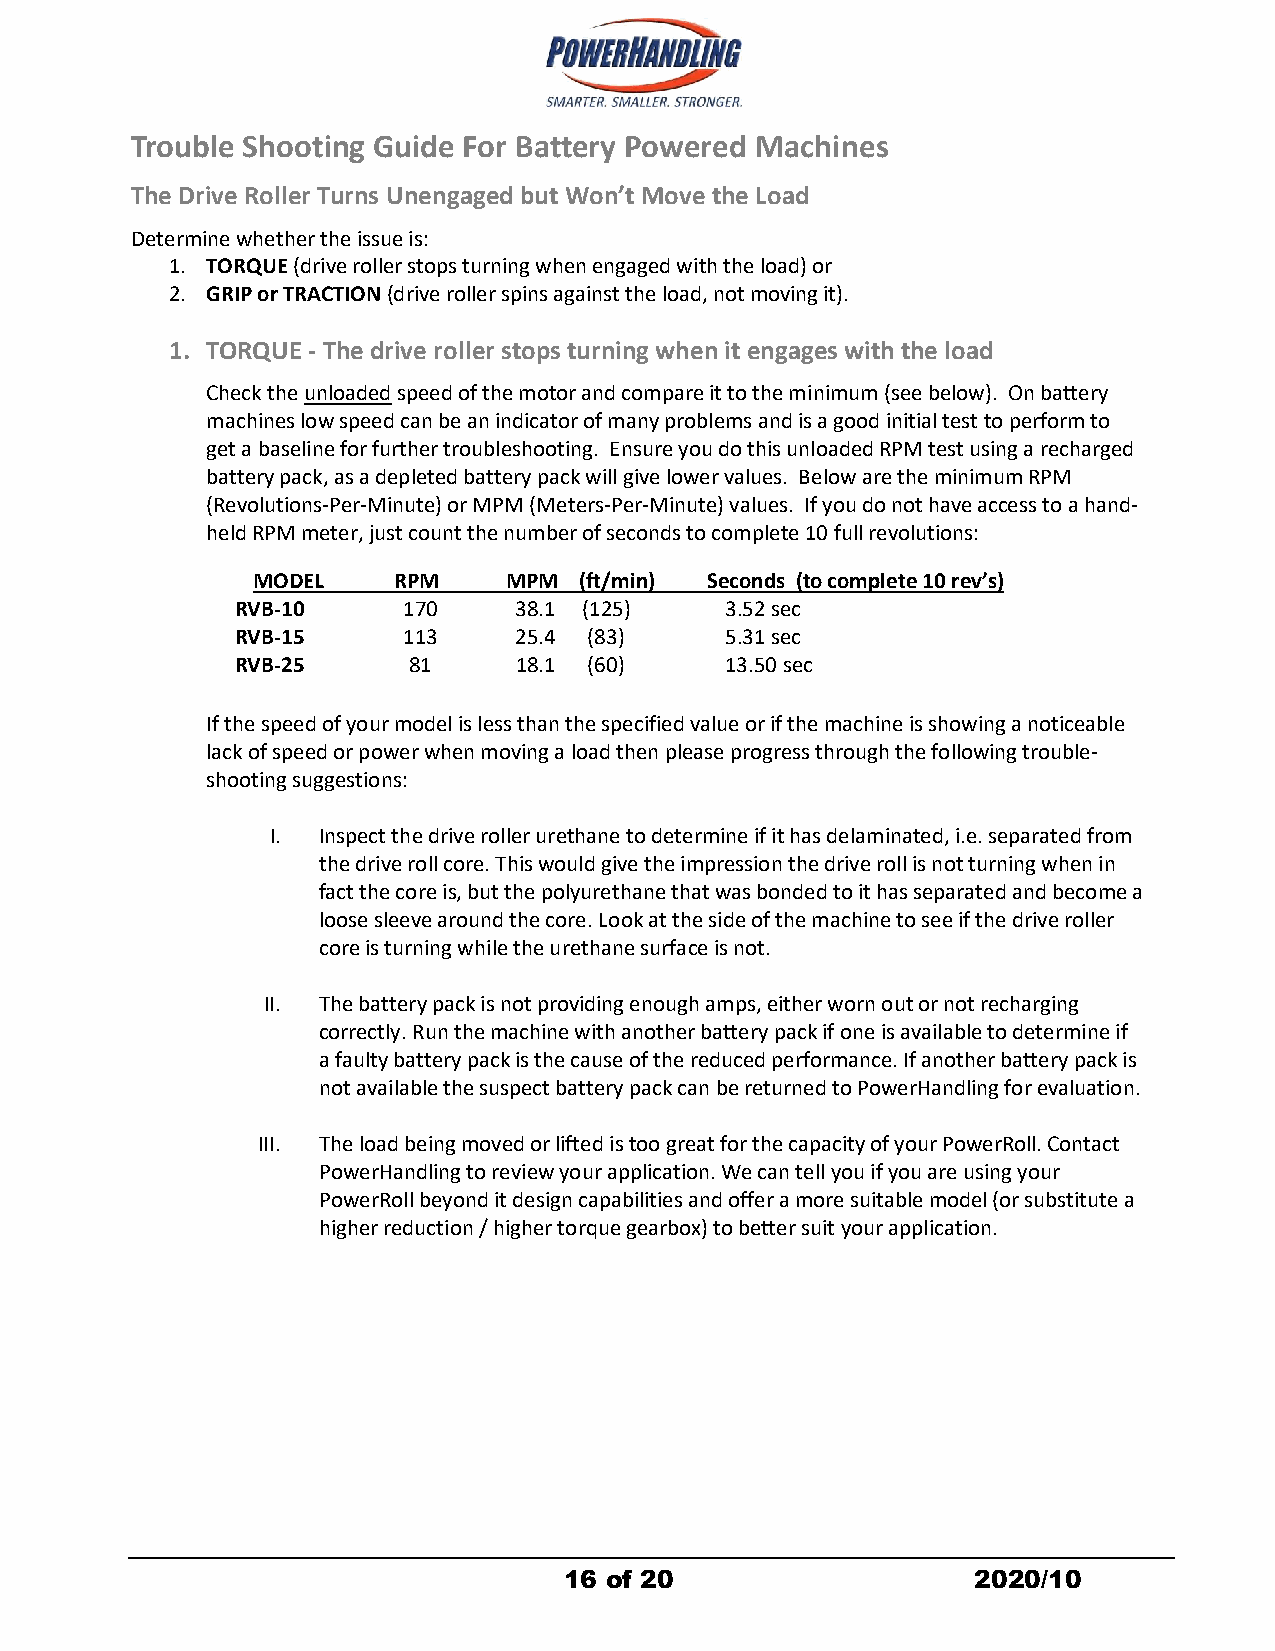
Trouble Shooting Guide For Battery Powered Machines
 The Drive Roller Turns Unengaged but Won’t Move the Load
 Determine whether the issue is:
 1. TORQUE (drive roller stops turning when engaged with the load) or
 2. GRIP or TRACTION (drive roller spins against the load, not moving it).
 1. TORQUE - The drive roller stops turning when it engages with the load
 Check the unloaded speed of the motor and compare it to the minimum (see below). On battery
 machines low speed can be an indicator of many problems and is a good initial test to perform to
 get a baseline for further troubleshooting. Ensure you do this unloaded RPM test using a recharged
 battery pack, as a depleted battery pack will give lower values. Below are the minimum RPM
 (Revolutions-Per-Minute) or MPM (Meters-Per-Minute) values. If you do not have access to a hand-
 held RPM meter, just count the number of seconds to complete 10 full revolutions:
 MODEL    RPM     MPM (ft/min) Seconds (tocomplete 10 rev’s)
 RVB-10     170    38.1 (125)    3.52 sec
 RVB-15     113    25.4 (83)     5.31 sec
 RVB-25     81     18.1 (60)     13.50 sec
 If the speed of your model is less than the specified value or if the machine is showing a noticeable
 lack of speed or power when moving a load then please progress through the following trouble-
 shooting suggestions:
 I. Inspect the drive roller urethane to determine if it has delaminated, i.e. separated from
 the drive roll core. This would give the impression the drive roll is not turning when in
 fact the core is, but the polyurethane that was bonded to it has separated and become a
 loose sleeve around the core. Look at the side of the machine to see if the drive roller
 core is turning while the urethane surface is not.
 II. The battery pack is not providing enough amps, either worn out or not recharging
 correctly. Run the machine with another battery pack if one is available to determine if
 a faulty battery pack is the cause of the reduced performance. If another battery pack is
 not available the suspect battery pack can be returned to PowerHandling for evaluation.
 III. The load being moved or lifted is too great for the capacity of your PowerRoll. Contact
 PowerHandling to review your application. We can tell you if you are using your
 PowerRoll beyond it design capabilities and offer a more suitable model (or substitute a
 higher reduction / higher torque gearbox) to better suit your application.
 16 of 20                   2020/10